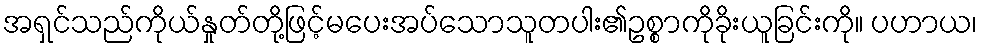
အရှင်သည်ကိုယ်နှုတ်တို့ဖြင့်မပေးအပ်သောသူတပါး၏ဥစ္စာကိုခိုးယူခြင်းကို။ ပဟာယ၊